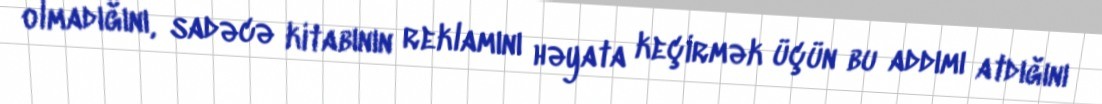
olmadığını, sadəcə kitabının reklamını həyata keçirmək üçün bu addımı atdığını